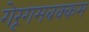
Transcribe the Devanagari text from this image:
गेरूगमबक्कम